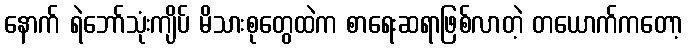
နောက် ရဲဘော်သုံးကျိပ် မိသားစုတွေထဲက စာရေးဆရာဖြစ်လာတဲ့ တယောက်ကတော့